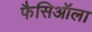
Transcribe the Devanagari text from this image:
फैसिऑला